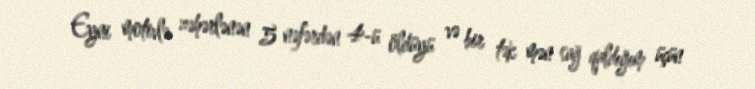
Eyni motivlə zəhərlənən 5 nəfərdən 4-ü öldüyü və bir tək mən sağ qaldığım üçün